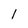
Character: l